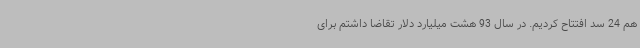
هم 24 سد افتتاح کردیم. در سال 93 هشت میلیارد دلار تقاضا داشتم برای